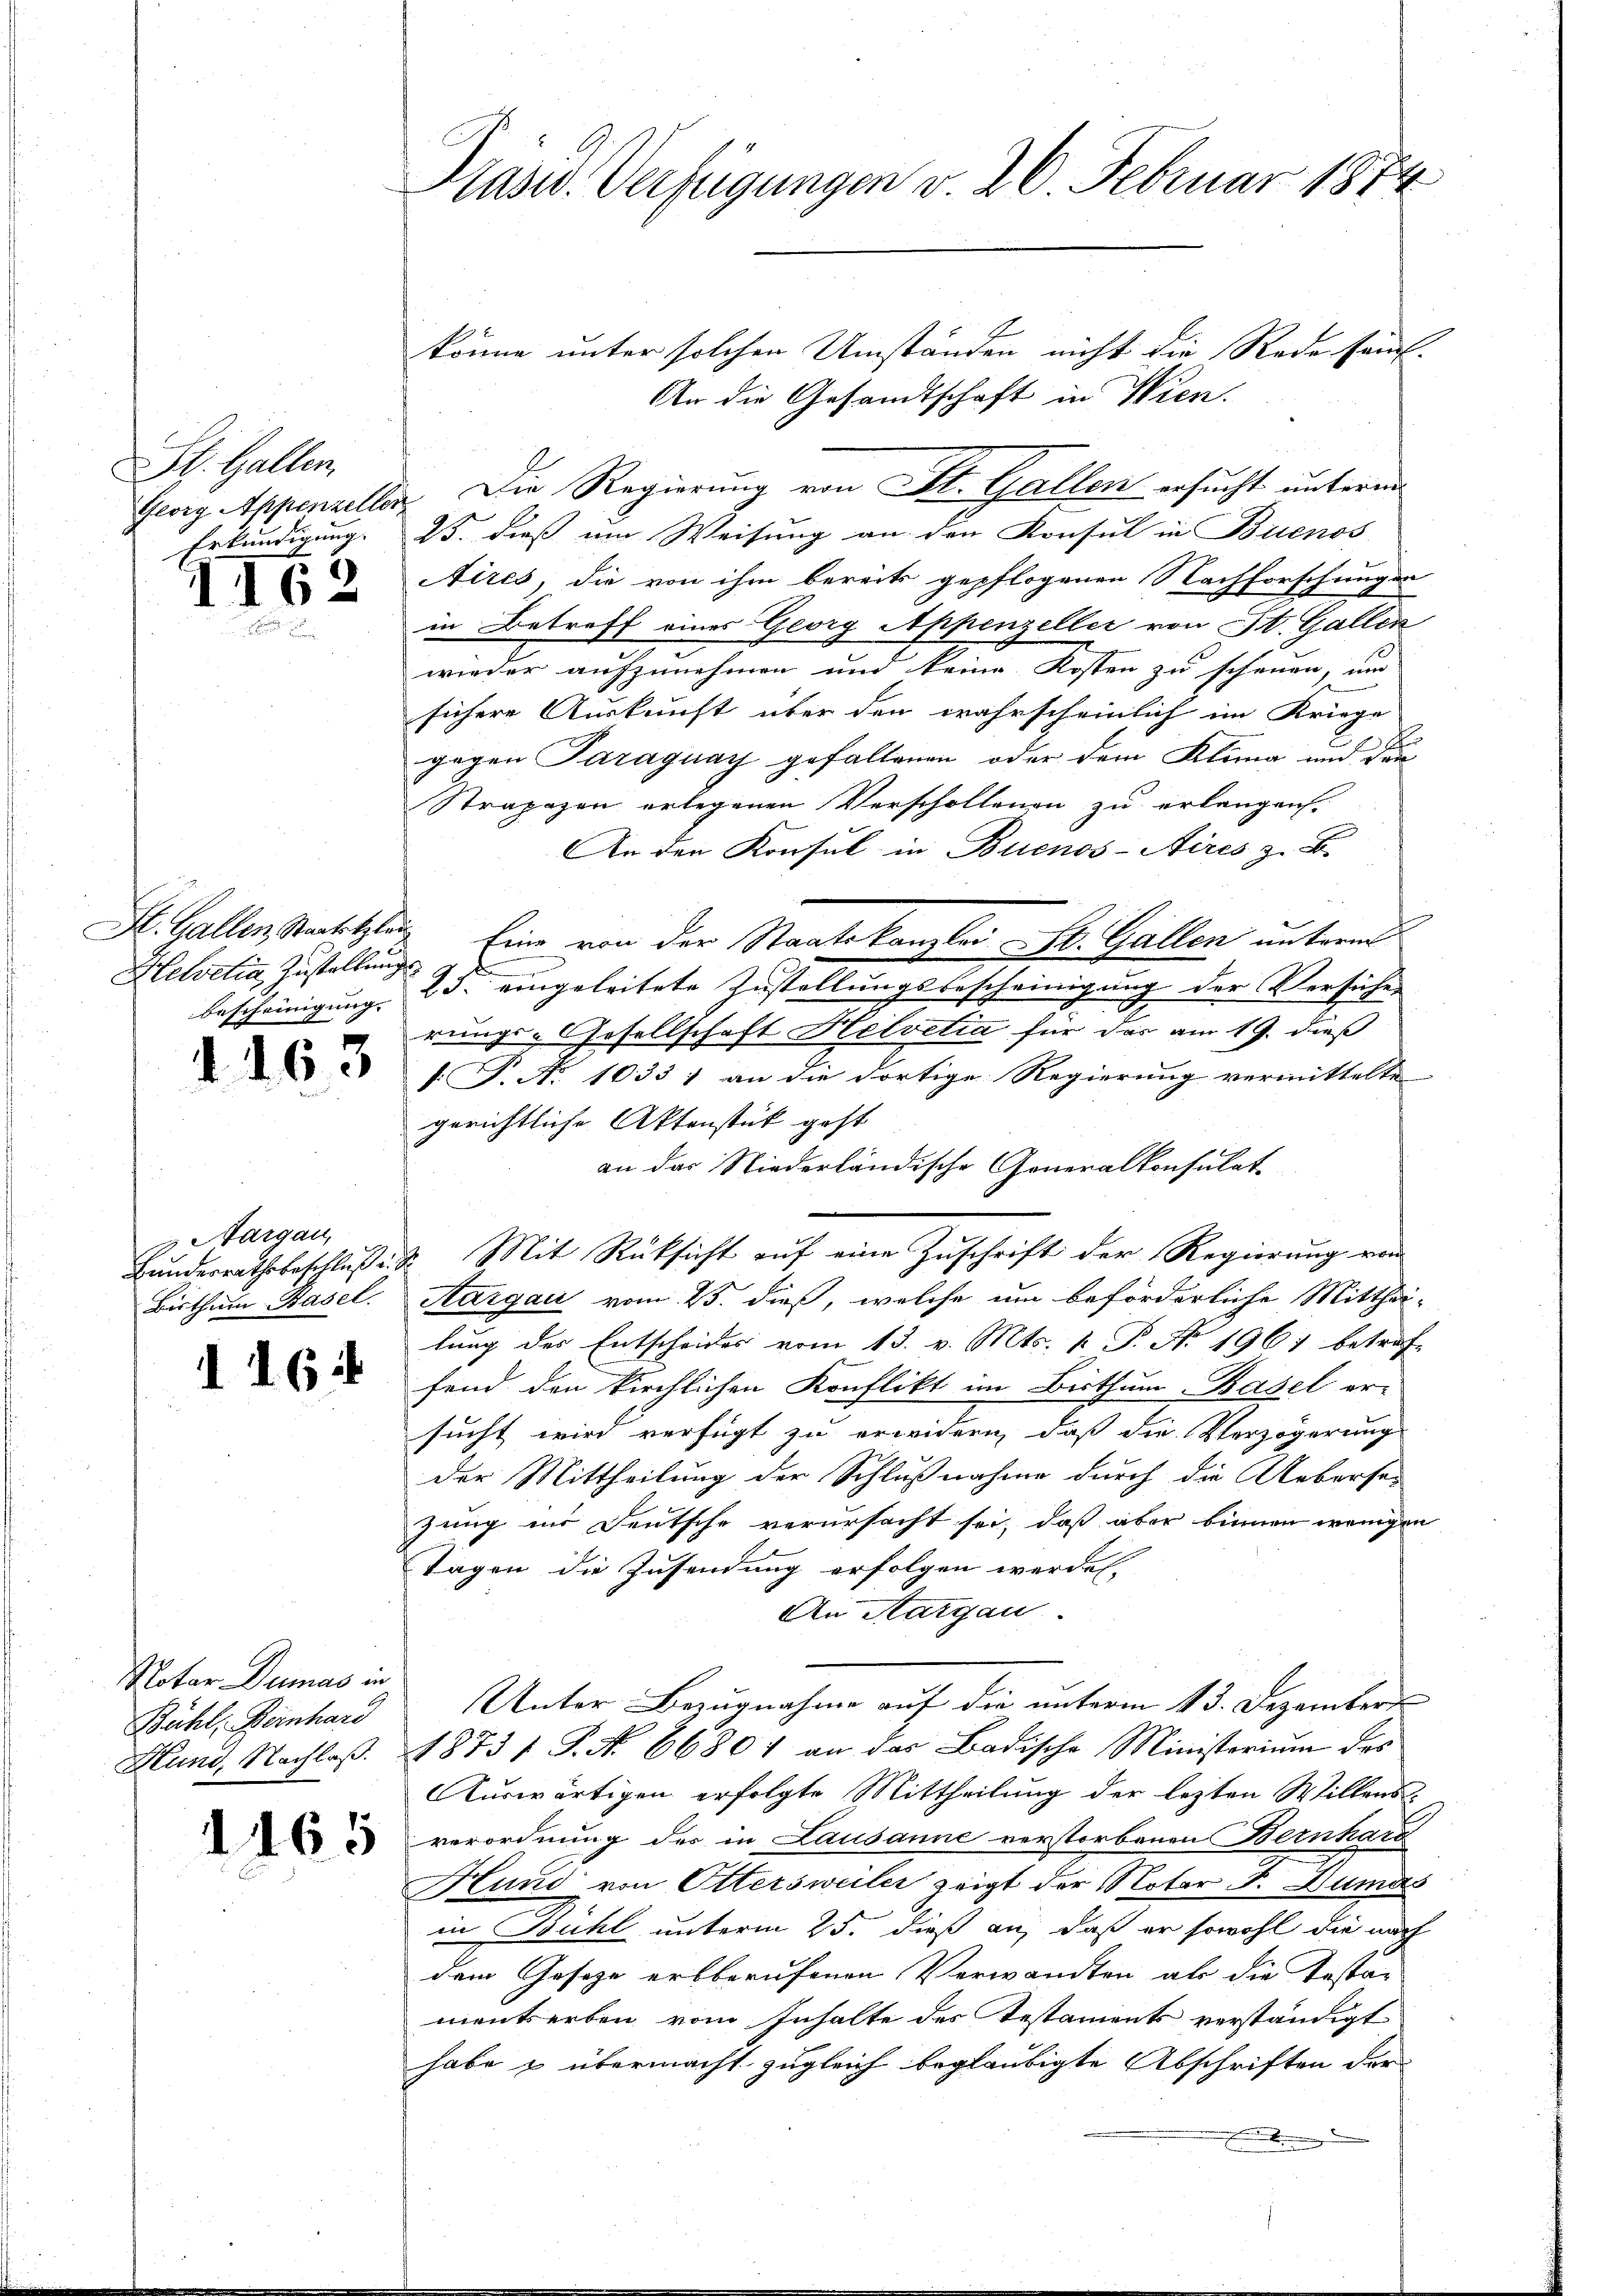
hetter
Georg Appenzeller
Erkundigung. |

1162

Helvetia, Zustellung
bescheinigung.

d. 163

3 Aargau,
Bisthum Basel.

116 i

Notar Dumas in
Bühl, Bernhard
Hund, Nachlaß.

1465

Präsid. Verfügungen v. 26. Februar 1874

könne unter solchen Umständen nicht die Rede sauf-
An die Gesandtschaft in Wien.
Die Regierung von St. Gallen ersucht unterm
25. dieß im Weisung an den Konsul in Buenos
Aires, die von ihm bereits gepflogenen Nachforschungen
in Betreff eines Georg Appenzeller von St. Gallen
wieder aufzunehmen und keine Kosten zu schenen, um
sichere Auskunft über den wahrscheinlich im Kriege
gegen Paraguay gefallenen oder dem Kling und den
Strapazen erlegenen Verschollenen zu erlangen.
An den Konsul in Buenos-Aires z. B.
St. Gallen, Satzler Eine von der Staatskanzlei St. Gallen unterm
 25. eingeleitete Zustellungsbescheinigung der Versuches
rungs-Gesellschaft Helvetia für das am 19. dieß
.P. No 1033 1 an die dortige Regierung vermittelte |
gerichtliche Aktenstück geht
an das Niederländische Generalkonsulat
Bunderrathsbeschluß d. d. Mit Rücksicht auf eine Zuschrift der Regierung vom
Aargau vom 25. dieß, welche um beförderliche Mitthei-
lung des Entscheides vom 13. v. Mts. k. P. Nr. 1967 betref-
fend den kirchlichen Konflikt im Bisthum Basel er-
sucht wird verfügt zu erwidern, daß die Verzögerung
der Mittheilung der Schlußnahme durch die Uebersan
zung in Deutsche verursacht sei, daß aber binnen wenigen
Tagen die Zusendung erfolgen werden.
An Aargau.
Unter Bezugnahme auf die unterm 13. Dezembert
18731 P. No 66801 an das Badische Ministerium des
Auswärtigen erfolgte Mittheilung der lezten Willensverordnung des in Lausanne verstorbenen Bernhard
Hund von Ottersweiler zeigt der Notar J. Dumas
in Bühl unterm 25. dieß an, daß er sowohl die nach
dem Gesetze erbberufenen Verwandten als die Testa-
mentserben vom Inhalte des Testaments verständigt
habe & übermacht zugleich beglaubigte Abschriften der
.